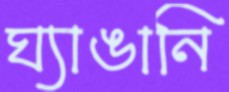
ঘ্যাঙানি